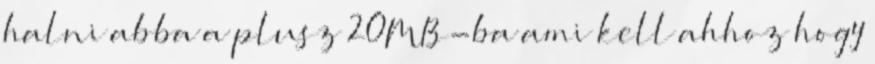
halni abba a plusz 20MB-ba ami kell ahhoz hogy